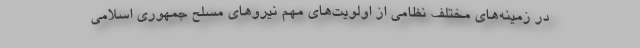
در زمینه‌های مختلف نظامی از اولویت‌های مهم نیرو‌های مسلح جمهوری اسلامی